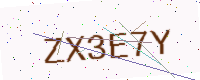
Text: ZX3E7Y